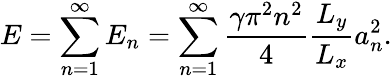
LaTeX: E=\sum_{n=1}^{\infty}E_{n}=\sum_{n=1}^{\infty}\frac{\gamma\pi^{2}n^{2}}{4}\frac{L_{y}}{L_{x}}a_{n}^{2}.